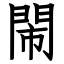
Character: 閙